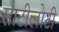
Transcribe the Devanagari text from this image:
साटीलोटी